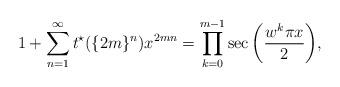
LaTeX: \begin{align*}1+\sum_{n=1}^{\infty}t^{\star}(\{2m\}^n)x^{2mn}=\prod_{k=0}^{m-1}\sec{\left(\frac{w^k \pi x}{2}\right)},\end{align*}